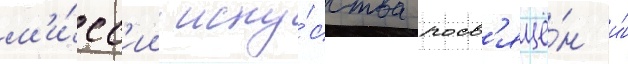
м'и́сс'ии иску́сства посв'ящё́н и́